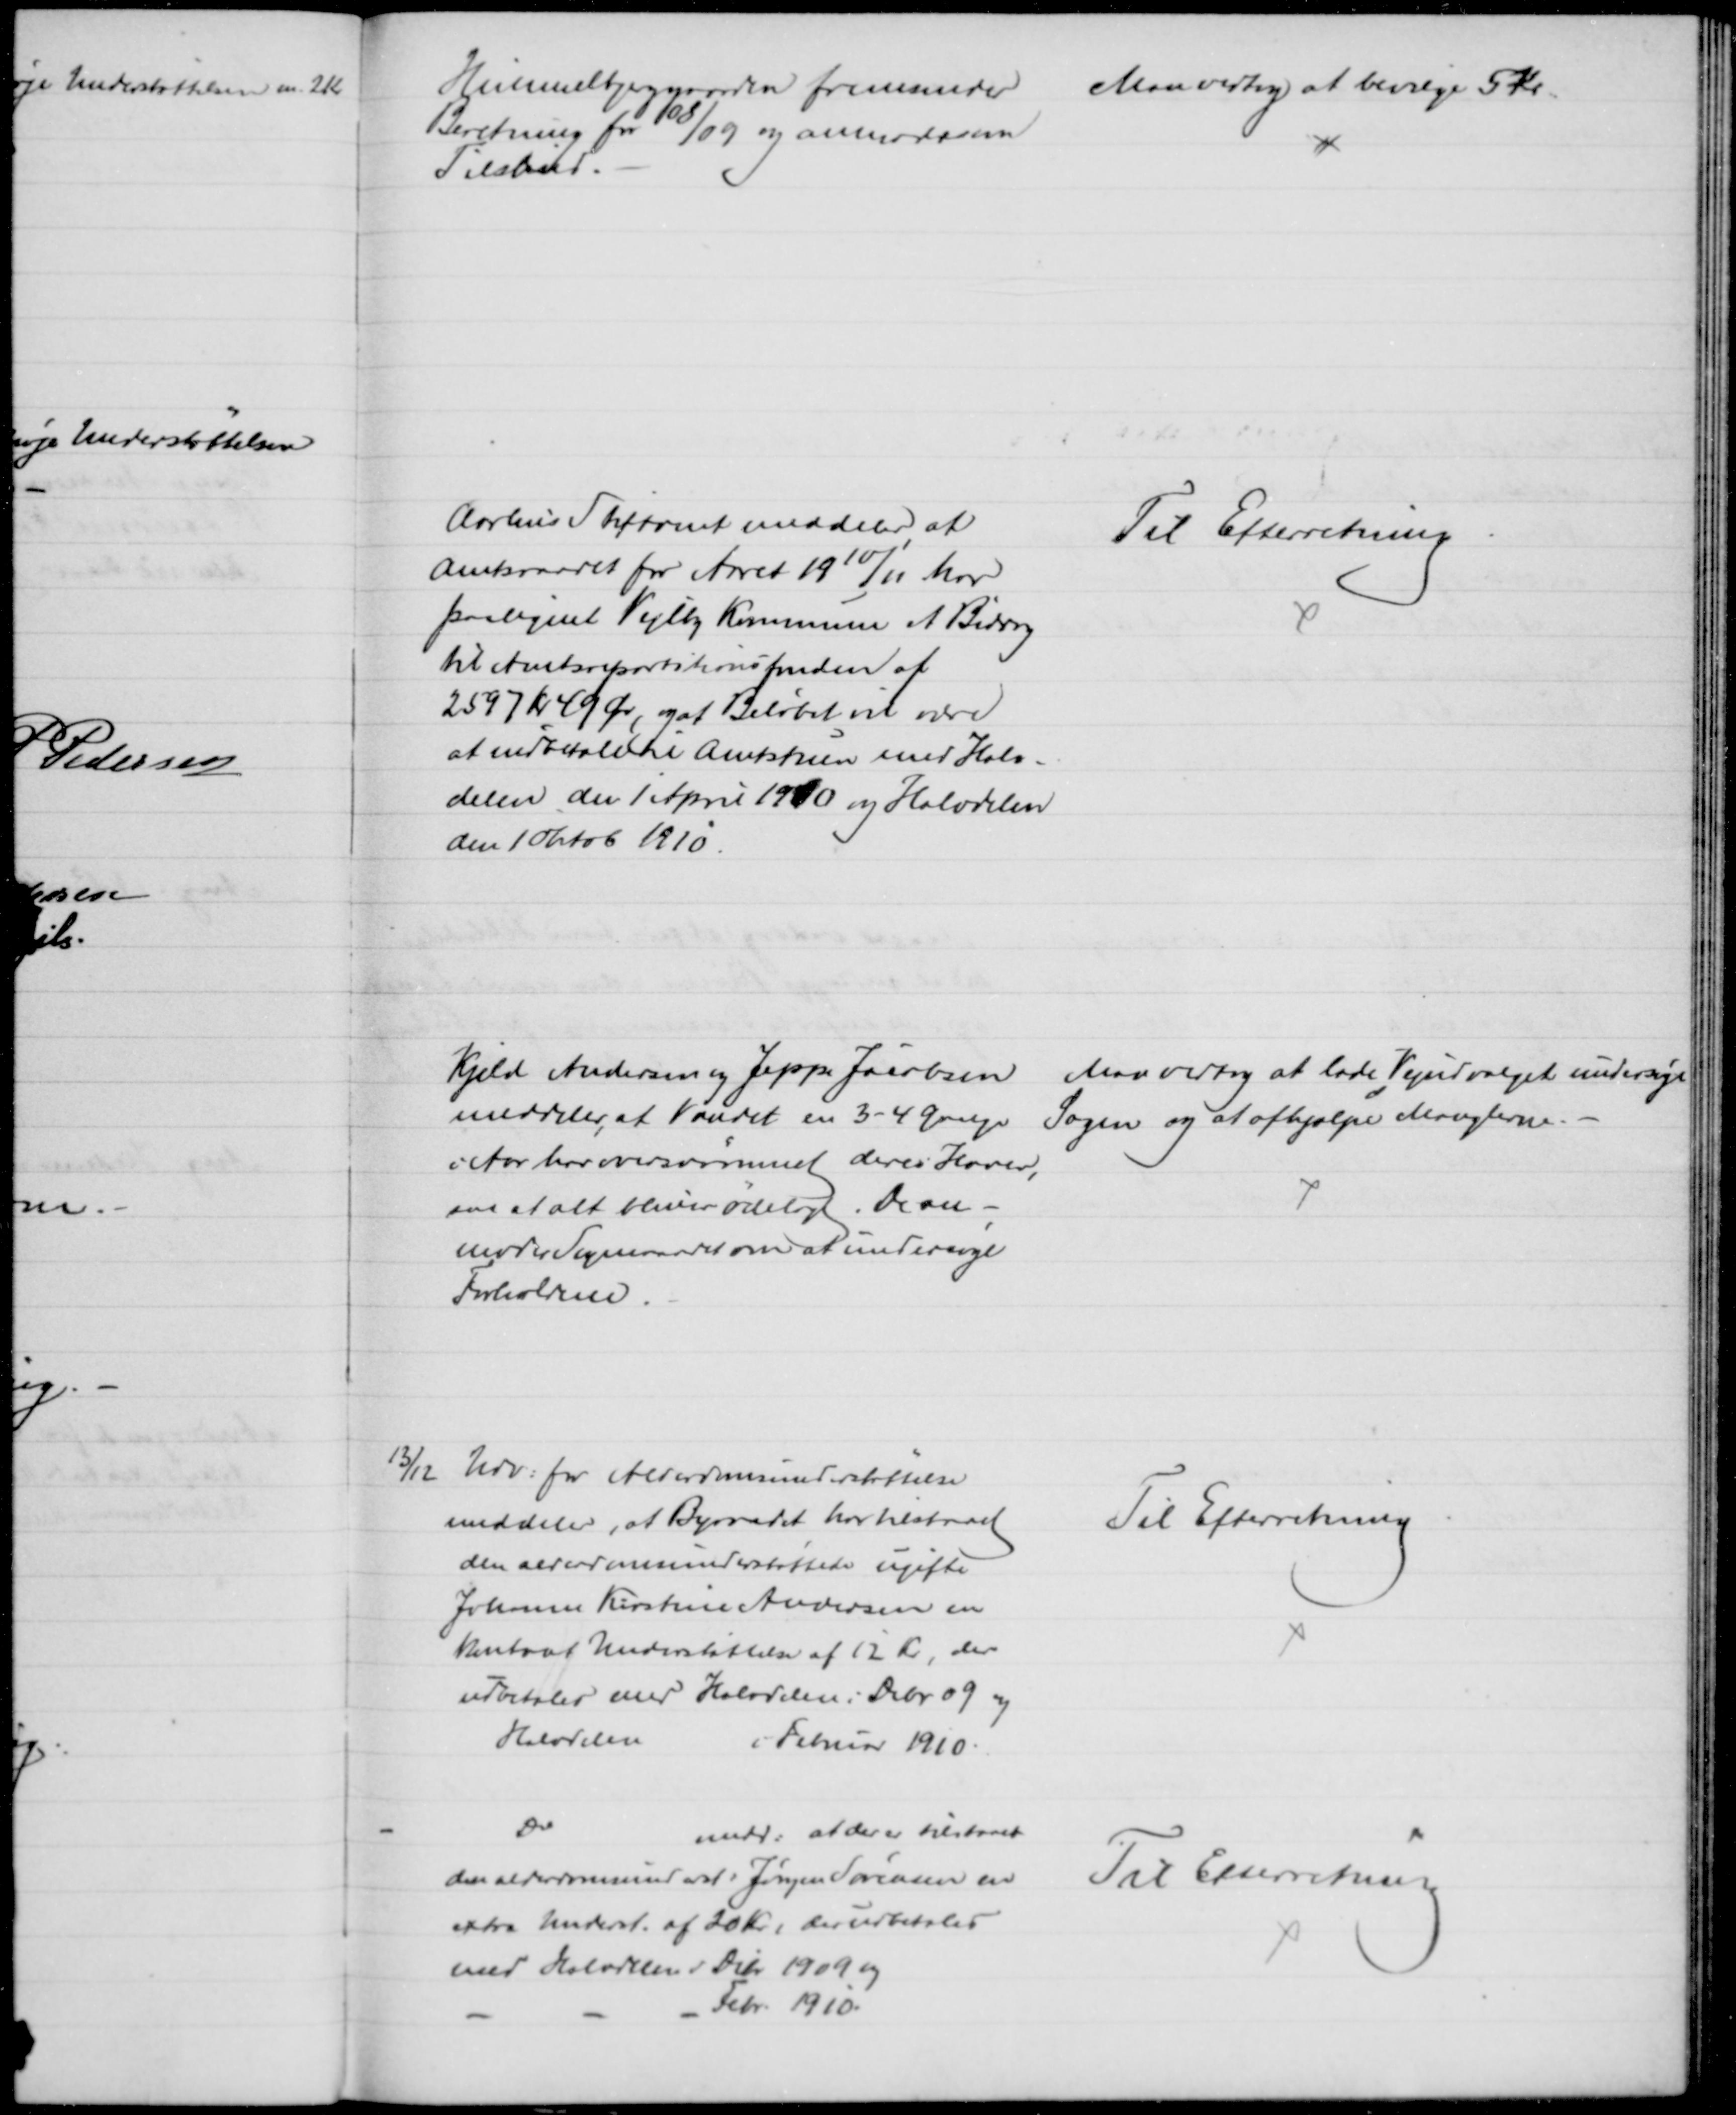
Transskription:
Himmelbjerggaarden fremsender 
Beretning for 08/09 og anmoder om
Tilskud.
Man vedtog at bevilge 5 Kr.
Aarhus Stiftamt meddeler at
Amtsraadet for Aaret 1910/11 har
paalignet Vejlby Kommune et Bidrag
til Amtsrepartitionsfonden af
2597 Kr 49 Øre, og at Beløbet vil være
at indbetale til Amtstuen med Halv-
delen den 1 April 1910 og Halvdelen
den 1 Oktob 1910.
Til Efterretning
Kjeld Andersen og Jeppe Jacobsen
meddeler, at Vandet en 3 - 4 Gange
i Aar har oversvømmet deres Haver,
saa at alt bliver ødelagt. De an-
moder Sogneraadet om at undersøge
Forholdene.
Man vedtog at lade Vejudvalget undersøge
Sagen og at afhjælpe Manglerne.
13/12 Udv. for Alderdomsunderstøttelse
meddeler, at Byraadet har tilstaaet
den alderdomsunderstøttede ugifte
Johanne Kirstine Andersen en
kontant Understøttelse af 12 Kr, der 
udbetales med Halvdelen i Debr. 09 og
Halvdelen
i Februar 1910.
Til Efterretning
Do
medd. at der er tilstaaet
den alderdomsunderst: Jørgen Sørensen en
extra Underst. af 20 Kr., der udbetales
med Halvdelen i Debr 1909 og
Febr. 1910.
Til Efterretning